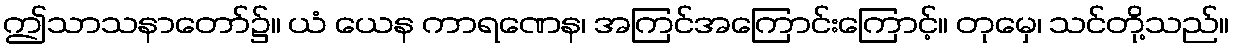
ဤသာသနာတော်၌။ ယံ ယေန ကာရဏေန၊ အကြင်အကြောင်းကြောင့်။ တုမှေ၊ သင်တို့သည်။